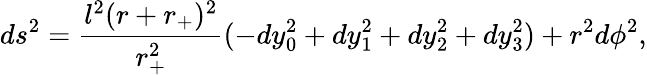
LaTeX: ds^{2}=\frac{l^{2}(r+r_{+})^{2}}{r_{+}^{2}}(-dy_{0}^{2}+dy_{1}^{2}+dy_{2}^{2}+dy_{3}^{2})+r^{2}d\phi^{2},